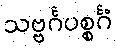
သဗ္ဗင်္ဂပစ္စင်္ဂံ